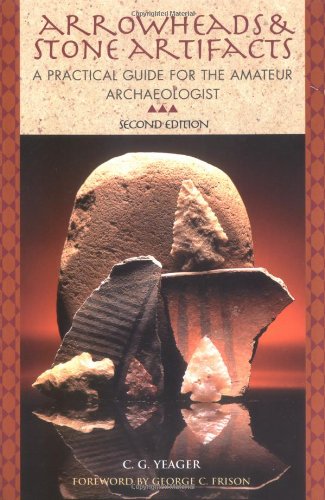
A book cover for Arrowheads and Stone Artifacts: A Practical Guide for the Amateur Archaeologist (The Pruett Series); C.G. Yeager; Science & Math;